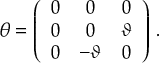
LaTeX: \theta = \left( \begin{array} { c c c } { { 0 } } & { { 0 } } & { { 0 } } \\ { { 0 } } & { { 0 } } & { { \vartheta } } \\ { { 0 } } & { { - \vartheta } } & { { 0 } } \end{array} \right) \, .